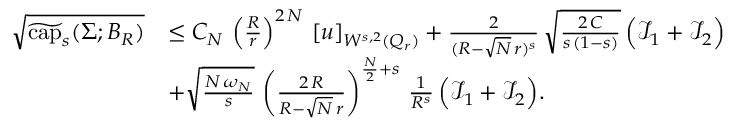
\begin{array} { r l } { \sqrt { \widetilde { \mathrm { c a p } } _ { s } ( \Sigma ; B _ { R } ) } } & { \le C _ { N } \, \left( \frac { R } { r } \right) ^ { 2 \, N } \, [ u ] _ { W ^ { s , 2 } ( Q _ { r } ) } + \frac { 2 } { ( R - \sqrt { N } \, r ) ^ { s } } \, \sqrt { \frac { 2 \, C } { s \, ( 1 - s ) } } \, \Big ( \mathcal { I } _ { 1 } + \mathcal { I } _ { 2 } \Big ) } \\ & { + \sqrt { \frac { N \, \omega _ { N } } { s } } \, \left( \frac { 2 \, R } { R - \sqrt { N } \, r } \right) ^ { \frac { N } { 2 } + s } \, \frac { 1 } { R ^ { s } } \, \Big ( \mathcal { I } _ { 1 } + \mathcal { I } _ { 2 } \Big ) . } \end{array}